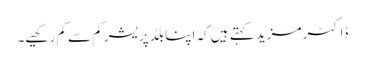
ڈاکٹر مزید کہتے ہیں کہ اپنا بلڈ پریشر کم سے کم رکھیے۔